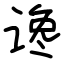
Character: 谗